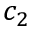
c _ { 2 }